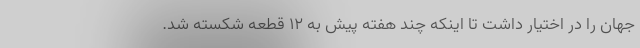
جهان را در اختیار داشت تا اینکه چند هفته پیش به ۱۲ قطعه شکسته شد.